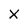
Character: x